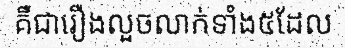
គឺជារឿងលួចលាក់ទាំង៥ដែល